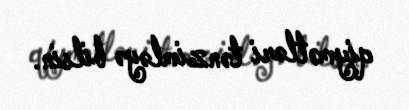
qiymətləri tənzimləyə bilsin.